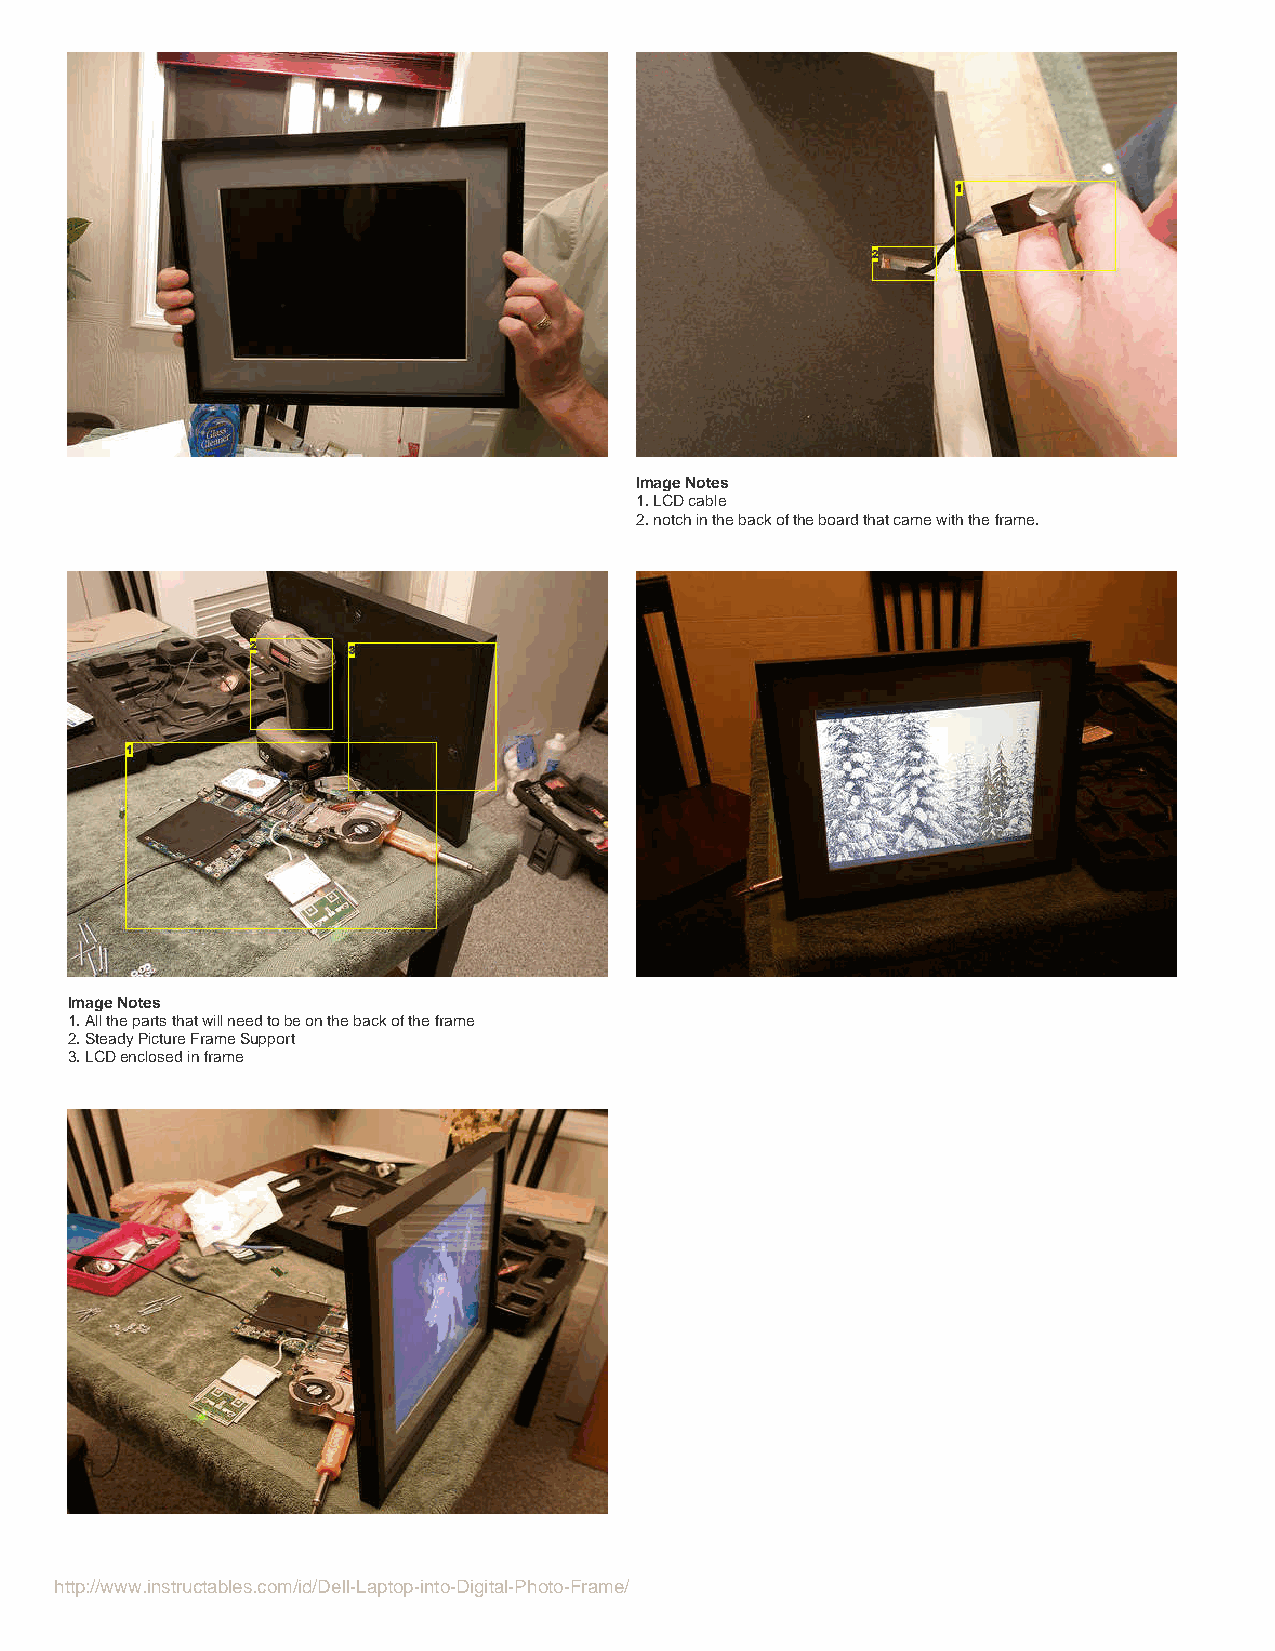
Image Notes
 1. LCD cable
 2. notch in the back of the board that came with the frame.
 Image Notes
 1. All the parts that will need to be on the back of the frame
 2. Steady Picture Frame Support
 3. LCD enclosed in frame
 http://www.instructables.com/id/Dell-Laptop-into-Digital-Photo-Frame/